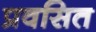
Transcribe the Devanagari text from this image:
प्रवसित